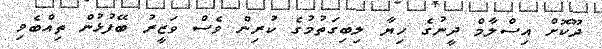
ދޫކޮށް އިސްލާމް ދީނުގެ ހިޔާ ލިބިގަތުމުގެ ކުރިން ވެސް ވަޒީރު ބޭފުޅުން ތިއްބެވި